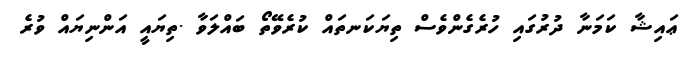
ޢައިޝާ ކަމަނާ ދުރުގައި ހުރެގެންވެސް ތިޔަކަނތައް ކުރެވޭތޯ ބައްލަވާ .ތިޔައީ އަންނިޔައް ވުރެ